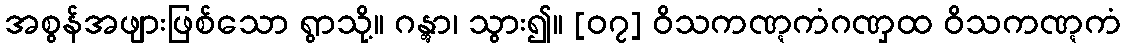
အစွန်အဖျားဖြစ်သော ရွာသို့။ ဂန္တွာ၊ သွား၍။ [၀၇] ဝိသကဏ္ဋကံဂဏှထ ဝိသကဏ္ဋကံ